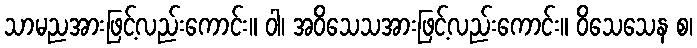
သာမညအားဖြင့်လည်းကောင်း။ ဝါ၊ အဝိသေသအားဖြင့်လည်းကောင်း။ ဝိသေသေန စ၊